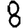
Digit: 8